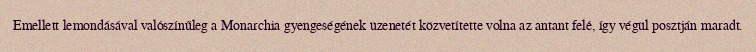
Emellett lemondásával valószínűleg a Monarchia gyengeségének üzenetét közvetítette volna az antant felé, így végül posztján maradt.